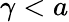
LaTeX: \gamma<a